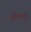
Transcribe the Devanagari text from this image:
तमिलानडु